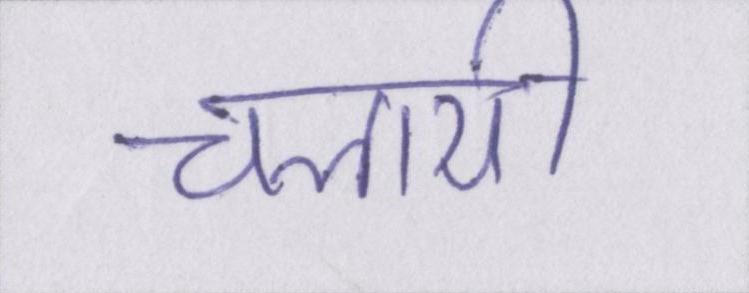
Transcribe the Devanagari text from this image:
चलायी